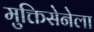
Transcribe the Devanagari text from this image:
मुक्तिसेनेला